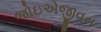
જોઇએજીવન